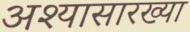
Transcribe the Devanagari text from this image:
अश्यासारख्या